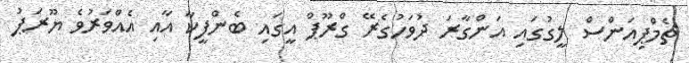
ޗެމްޕިއަންސް ލީގުގައި އަންގާރަ ދުވަހުގެރޭ ގްރޫޕް އީގައި ބެންފީކާ އާއި އެއްވަރުވެ ޔޫރަޕު